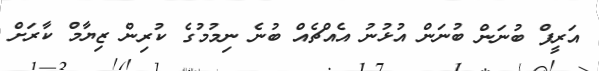
އަރީފް ބުނަން ބުނަން އުޅުުނު އެއްޗެއް ބުނެ ނިމުމުގެ ކުރިން ޒިޔާމް ކާރަށް